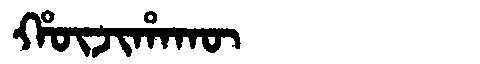
Manchu: ᡥᡡᠵᡳᡥᠠᡴᡡ
Romanization: HŪJIHAKŪ